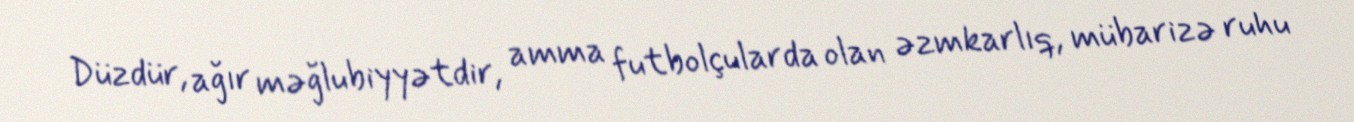
Düzdür, ağır məğlubiyyətdir, amma futbolçularda olan əzmkarlıq, mübarizə ruhu